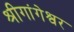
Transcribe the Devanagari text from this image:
श्रीगांगेश्वर